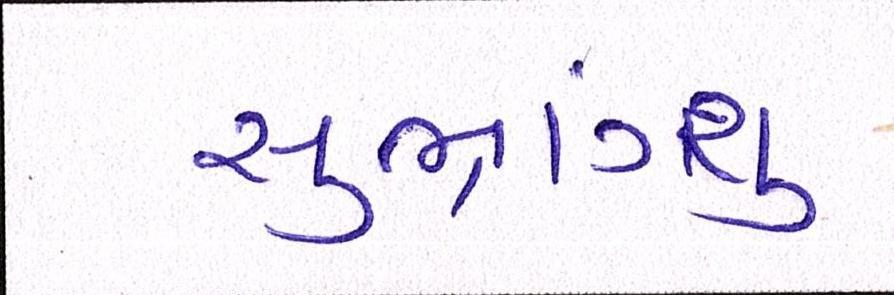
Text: સુભ્રાંગ્શુ